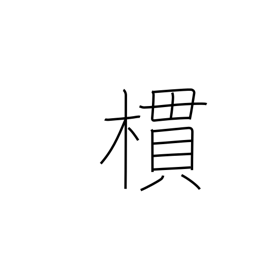
Meaning: grove